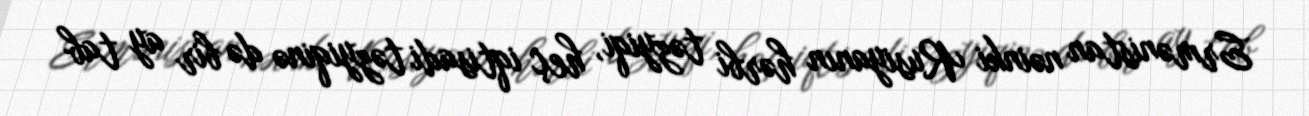
Ermənistan nəinki Rusiyanın hərbi təzyiqi, heç iqtisadi təzyiqinə də bir ay tab